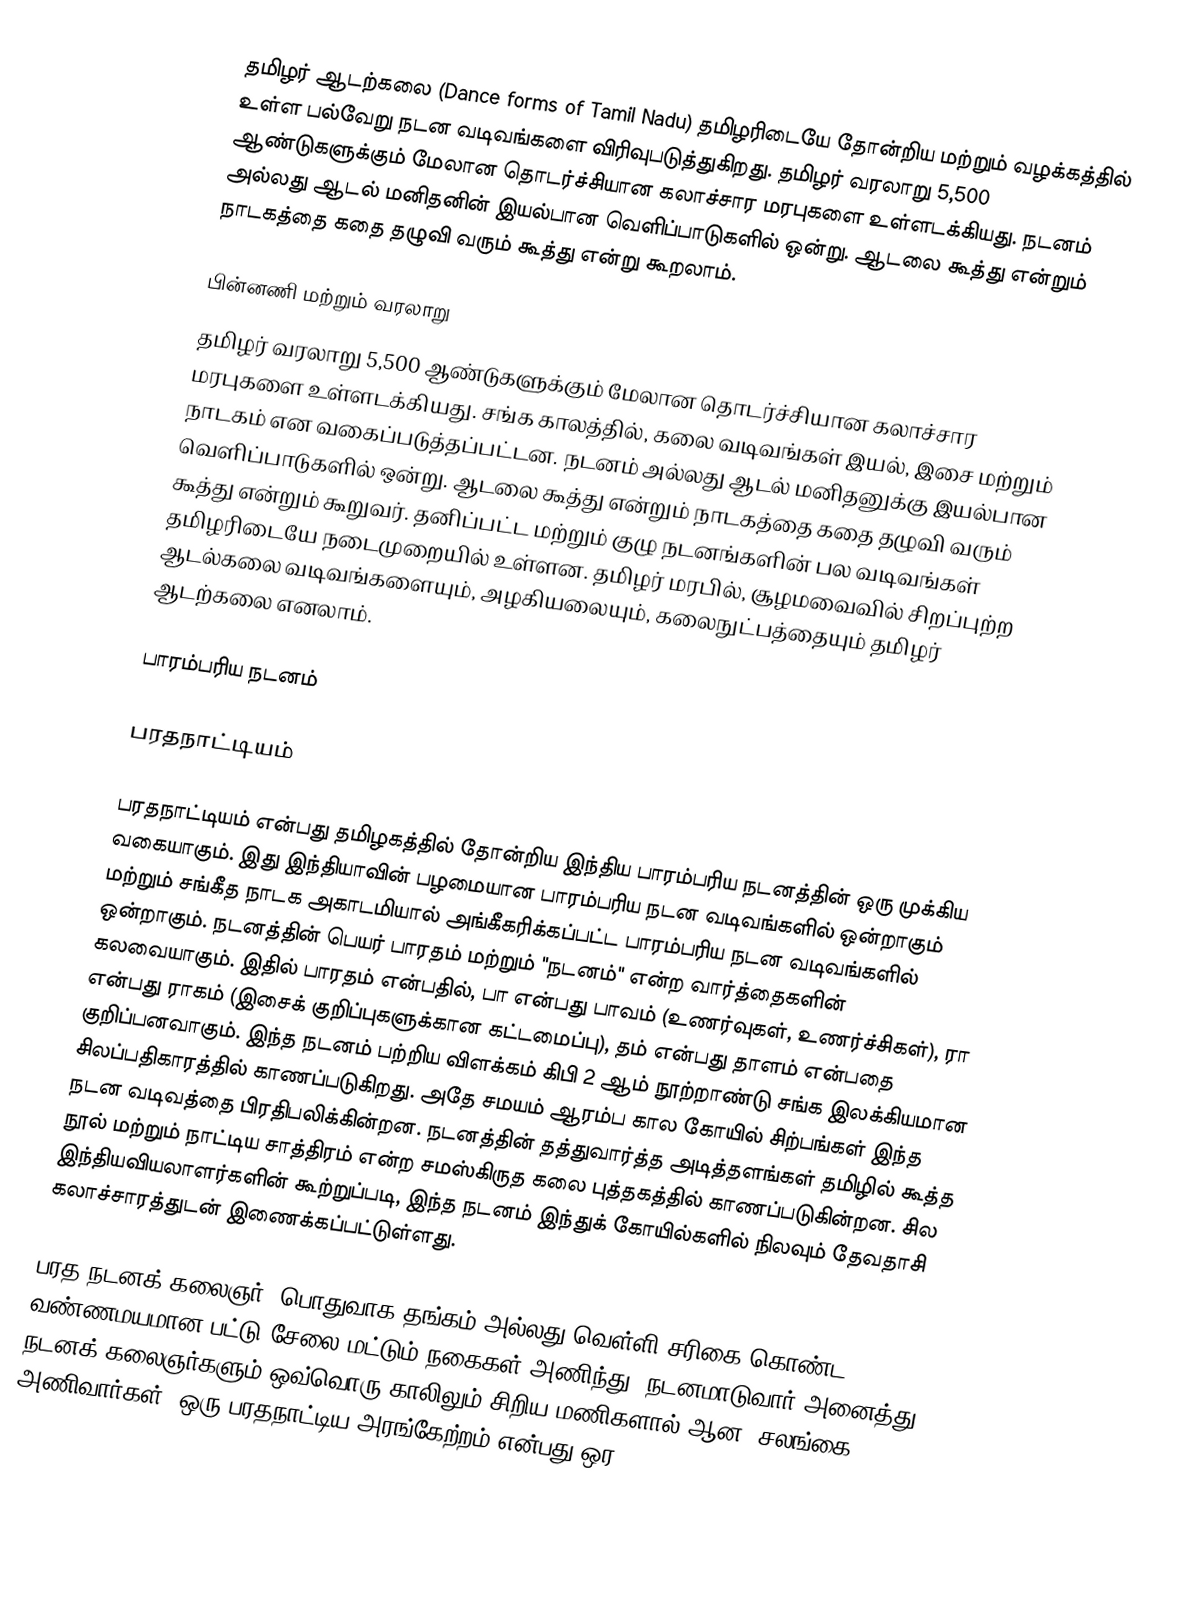
தமிழர் ஆடற்கலை (Dance forms of Tamil Nadu) தமிழரிடையே தோன்றிய மற்றும் வழக்கத்தில் உள்ள பல்வேறு நடன வடிவங்களை விரிவுபடுத்துகிறது. தமிழர் வரலாறு 5,500 ஆண்டுகளுக்கும் மேலான தொடர்ச்சியான கலாச்சார மரபுகளை உள்ளடக்கியது. நடனம் அல்லது ஆடல் மனிதனின் இயல்பான வெளிப்பாடுகளில் ஒன்று. ஆடலை கூத்து என்றும் நாடகத்தை கதை தழுவி வரும் கூத்து என்று கூறலாம்.

பின்னணி மற்றும் வரலாறு
தமிழர் வரலாறு 5,500 ஆண்டுகளுக்கும் மேலான தொடர்ச்சியான கலாச்சார மரபுகளை உள்ளடக்கியது. சங்க காலத்தில், கலை வடிவங்கள் இயல், இசை மற்றும் நாடகம் என வகைப்படுத்தப்பட்டன. நடனம் அல்லது ஆடல் மனிதனுக்கு இயல்பான வெளிப்பாடுகளில் ஒன்று.  ஆடலை கூத்து என்றும் நாடகத்தை கதை தழுவி வரும் கூத்து என்றும் கூறுவர். தனிப்பட்ட மற்றும் குழு நடனங்களின் பல வடிவங்கள் தமிழரிடையே நடைமுறையில் உள்ளன. தமிழர் மரபில், சூழமவைவில் சிறப்புற்ற ஆடல்கலை வடிவங்களையும், அழகியலையும், கலைநுட்பத்தையும் தமிழர் ஆடற்கலை எனலாம்.

பாரம்பரிய நடனம்

பரதநாட்டியம்

பரதநாட்டியம் என்பது தமிழகத்தில் தோன்றிய இந்திய பாரம்பரிய நடனத்தின் ஒரு முக்கிய வகையாகும். இது இந்தியாவின் பழமையான பாரம்பரிய நடன வடிவங்களில் ஒன்றாகும் மற்றும் சங்கீத நாடக அகாடமியால் அங்கீகரிக்கப்பட்ட பாரம்பரிய நடன வடிவங்களில் ஒன்றாகும். நடனத்தின் பெயர் பாரதம் மற்றும் "நடனம்" என்ற வார்த்தைகளின் கலவையாகும். இதில் பாரதம் என்பதில், பா என்பது பாவம் (உணர்வுகள், உணர்ச்சிகள்), ரா என்பது ராகம் (இசைக் குறிப்புகளுக்கான கட்டமைப்பு), தம் என்பது தாளம் என்பதை குறிப்பனவாகும். இந்த நடனம் பற்றிய விளக்கம் கிபி 2 ஆம் நூற்றாண்டு சங்க இலக்கியமான சிலப்பதிகாரத்தில் காணப்படுகிறது. அதே சமயம் ஆரம்ப கால கோயில் சிற்பங்கள் இந்த நடன வடிவத்தை பிரதிபலிக்கின்றன. நடனத்தின் தத்துவார்த்த அடித்தளங்கள் தமிழில் கூத்த நூல் மற்றும் நாட்டிய சாத்திரம் என்ற சமஸ்கிருத கலை புத்தகத்தில் காணப்படுகின்றன. சில இந்தியவியலாளர்களின் கூற்றுப்படி, இந்த நடனம் இந்துக் கோயில்களில் நிலவும் தேவதாசி கலாச்சாரத்துடன் இணைக்கப்பட்டுள்ளது.

பரத நடனக் கலைஞர், பொதுவாக தங்கம் அல்லது வெள்ளி சரிகை கொண்ட வண்ணமயமான பட்டு சேலை மட்டும் நகைகள் அணிந்து, நடனமாடுவார்.அனைத்து நடனக் கலைஞர்களும் ஒவ்வொரு காலிலும் சிறிய மணிகளால் ஆன "சலங்கை" அணிவார்கள். ஒரு பரதநாட்டிய அரங்கேற்றம் என்பது ஒர